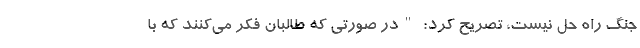
جنگ راه حل نیست، تصریح کرد: "در صورتی که طالبان فکر می‌کنند که با